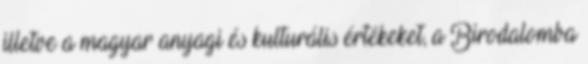
illetve a magyar anyagi és kulturális értékeket, a Birodalomba